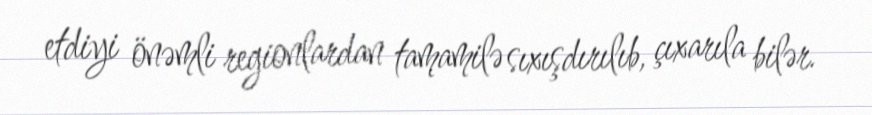
etdiyi önəmli regionlardan tamamilə sıxışdırılıb, çıxarıla bilər.